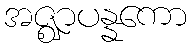
အဇ္ဈာပန္နကော